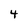
Character: 4